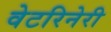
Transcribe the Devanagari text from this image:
वेटरिनेरी